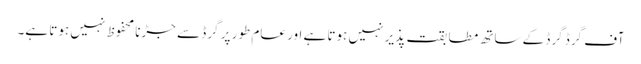
آف گرڈ گرڈ کے ساتھ مطابقت پذیر نہیں ہوتا ہے اور عام طور پر گرڈ سے جڑنا محفوظ نہیں ہوتا ہے۔